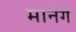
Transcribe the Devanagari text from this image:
मानेगे